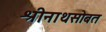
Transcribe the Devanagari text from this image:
श्रीनाथसोबत